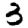
Digit: 3